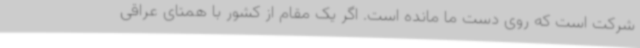
شرکت است که روی دست ما مانده است. اگر یک مقام از کشور با همتای عراقی